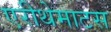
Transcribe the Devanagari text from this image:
एरीथेमाटस